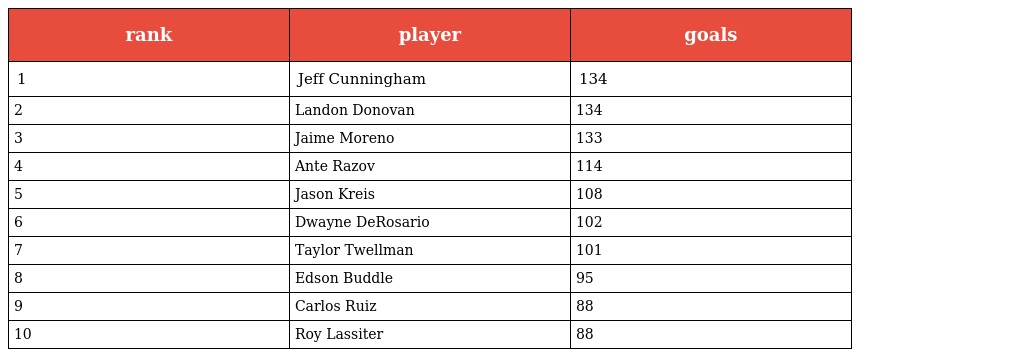
| rank | player | goals |
 | --- | --- | --- |
 | 1 | Jeff Cunningham | 134 |
 | 2 | Landon Donovan | 134 |
 | 3 | Jaime Moreno | 133 |
 | 4 | Ante Razov | 114 |
 | 5 | Jason Kreis | 108 |
 | 6 | Dwayne DeRosario | 102 |
 | 7 | Taylor Twellman | 101 |
 | 8 | Edson Buddle | 95 |
 | 9 | Carlos Ruiz | 88 |
 | 10 | Roy Lassiter | 88 |